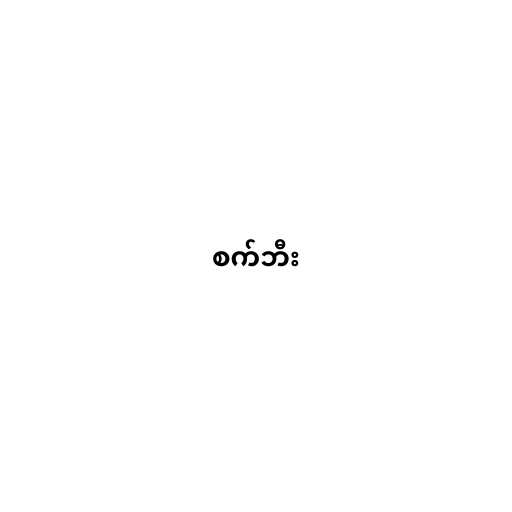
စက်ဘီး